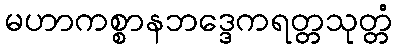
မဟာကစ္စာနဘဒ္ဒေကရတ္တသုတ္တံ